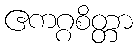
ဧကဂ္ဂစိတ္တာ